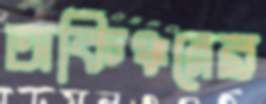
অকিঞ্চনের